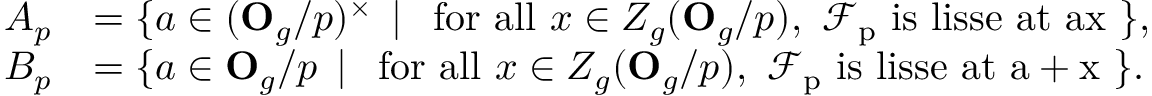
\begin{array} { r l } { A _ { p } } & { = \{ a \in ( \mathbf { O } _ { g } / p ) ^ { \times } \, \mid \, \mathrm { ~ f o r ~ a l l ~ } x \in Z _ { g } ( \mathbf { O } _ { g } / p ) , \mathrm { ~ \mathcal { F } _ p ~ i s ~ l i s s e ~ a t ~ a x ~ } \} , } \\ { B _ { p } } & { = \{ a \in \mathbf { O } _ { g } / p \, \mid \, \mathrm { ~ f o r ~ a l l ~ } x \in Z _ { g } ( \mathbf { O } _ { g } / p ) , \mathrm { ~ \mathcal { F } _ p ~ i s ~ l i s s e ~ a t ~ a + x ~ } \} . } \end{array}